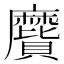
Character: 𪎬